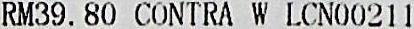
RM39.80 CONTRA W LCN00211